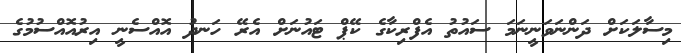
މިސާލަކަށް ދަންނަވަނީނަމަ ސައުތު އެފްރިކާގެ ކޭޕް ޓައުނަށް އެރޭ ހަނދު އޮއްސެނީ އިރުއޮއްސުމުގެ